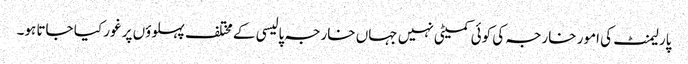
پارلیمنٹ کی امور خارجہ کی کوئی کمیٹی نہیں جہاں خارجہ پالیسی کے مختلف پہلوؤں پر غور کیا جاتا ہو۔